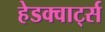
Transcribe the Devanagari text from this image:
हेडक्वार्ट्स